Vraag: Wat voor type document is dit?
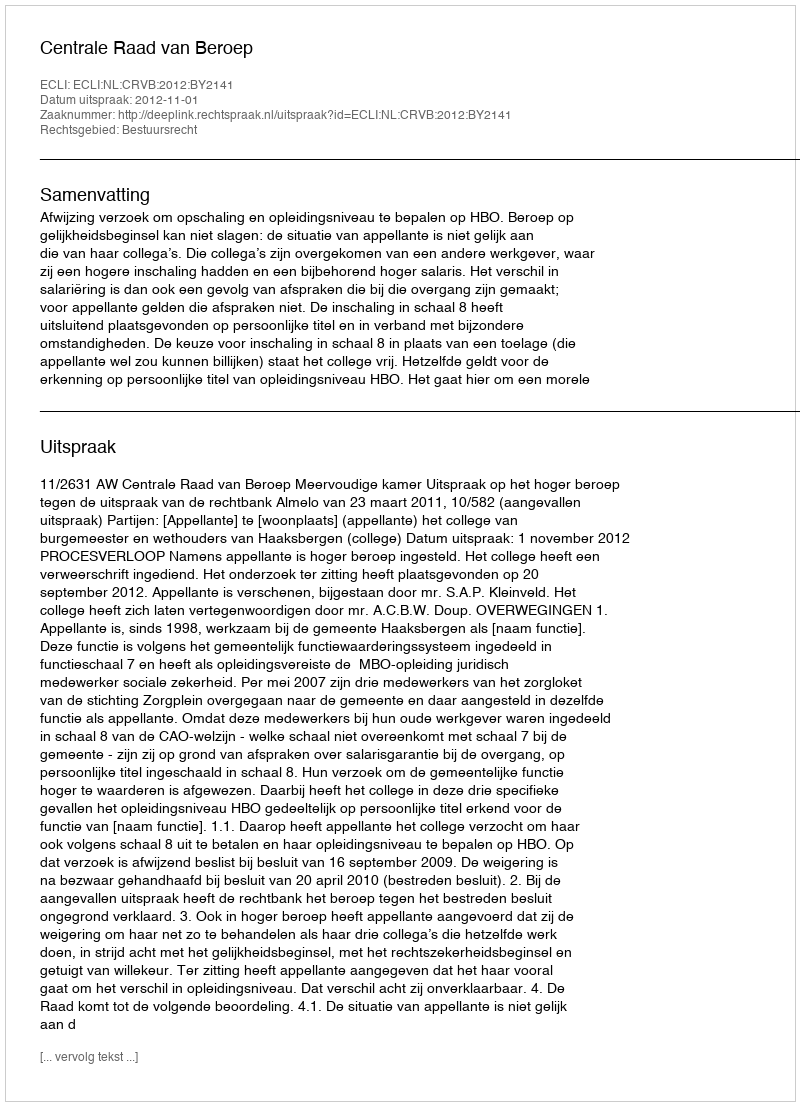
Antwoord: Uitspraak